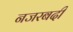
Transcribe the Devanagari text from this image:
नजरबदी